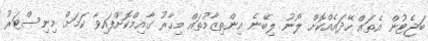
ބަޖެޓުން އެތައް ހޭދައެއްކޮށް ލޯނު ލިބޭނެ އިންތިޒާމުތައް މިހާރު ގާއިމްކޮށްފައިވާ ކަމަށް މިނިސްޓަރު